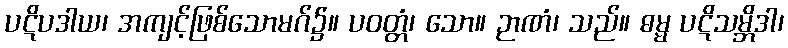
ပဋိပဒါယ၊ အကျင့်ဖြစ်သောမဂ်၌။ ပဝတ္တံ၊ သော။ ဉာဏံ၊ သည်။ ဓမ္မ ပဋိသမ္ဘိဒါ၊